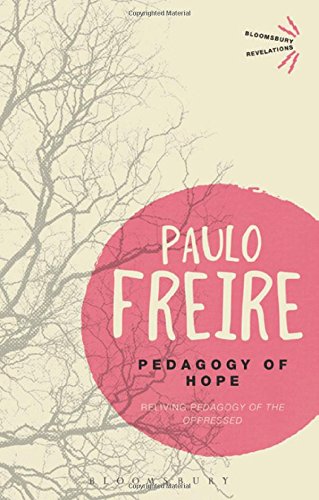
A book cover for Pedagogy of Hope: Reliving Pedagogy of the Oppressed (Bloomsbury Revelations); Paulo Freire; Business & Money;